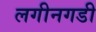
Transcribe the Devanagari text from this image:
लगीनगडी